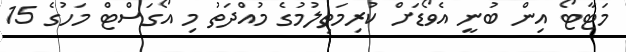
މަޓާޓޯ އިން ބުނީ އެވޯޑަށް ކުރިމަތިލުމުގެ މުއްދަތު މި އޯގަސްޓް މަހުގެ 15